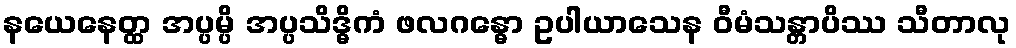
နယေနေတ္ထ အပ္ပမ္ပိ အပ္ပသိဒ္ဓိကံ ဖလဂန္ဓော ဥပါယာသေန ဝီမံသန္တာပိဿ သီတာလု